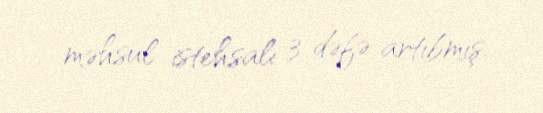
məhsul istehsalı 3 dəfə artıbmış.